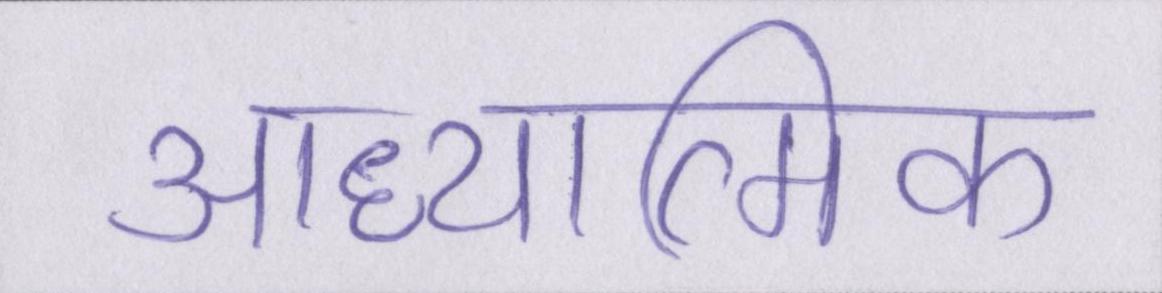
आध्यात्मिक